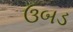
ઉબડ